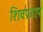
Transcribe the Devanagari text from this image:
शिवप्रताप